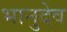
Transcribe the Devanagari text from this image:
भानुदेव